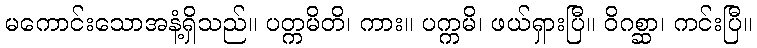
မကောင်းသောအနံ့ရှိသည်။ ပတ္ကမိတိ၊ ကား။ ပက္ကမိ၊ ဖယ်ရှားပြီ။ ဝိဂစ္ဆာ၊ ကင်းပြီ။